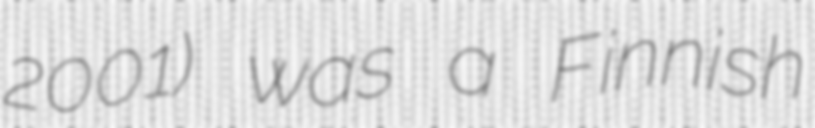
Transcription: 2001) was a Finnish